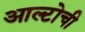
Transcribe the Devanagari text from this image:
आल्टोची